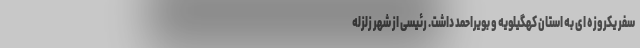
سفر یکروزه ای به استان کهگیلویه و بویراحمد داشت. رئیسی از شهر زلزله